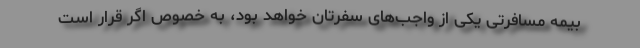
بیمه مسافرتی یکی از واجب‌های سفرتان خواهد بود، به خصوص اگر قرار است